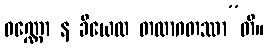
ဝဏ္ဏော န ခီယေထ တထာဂတဿာ”တိ။